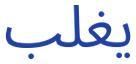
يغلب